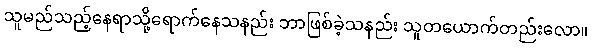
သူမည်သည့်နေရာသို့ရောက်နေသနည်း ဘာဖြစ်ခဲ့သနည်း သူတယောက်တည်းလော။